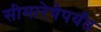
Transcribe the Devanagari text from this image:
सीमारेषेपर्यंत